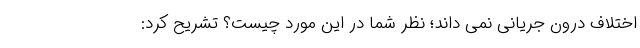
اختلاف درون جریانی نمی داند؛ نظر شما در این مورد چیست؟ تشریح کرد: